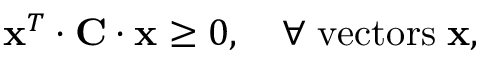
{ \bf x } ^ { T } \cdot { \bf C } \cdot { \bf x } \geq 0 , \quad \forall \; \mathrm { v e c t o r s } \; { \bf x } ,